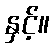
နှင့်။